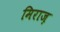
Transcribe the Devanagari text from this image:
मिराज़